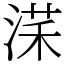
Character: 㴕